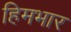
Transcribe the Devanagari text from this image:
हिमभार